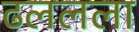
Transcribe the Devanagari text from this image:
ढललला